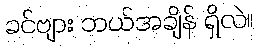
ခင်ဗျား ဘယ်အချိန် ရှိလဲ။